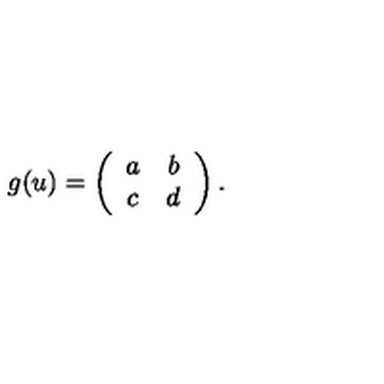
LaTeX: g ( u ) = \left( \begin{array} { c c } { a } & { b } \\ { c } & { d } \\ \end{array} \right) .